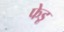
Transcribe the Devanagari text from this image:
फेडू